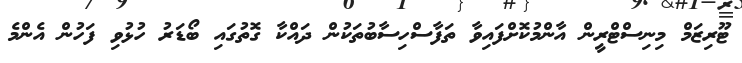
ޓޫރިޒަމް މިނިސްޓްރީން އާންމުކޮށްފައިވާ ތަފާސްހިސާބުތަކުން ދައްކާ ގޮތުގައި ބޯޑަރު ހުޅުވި ފަހުން އެންމެ